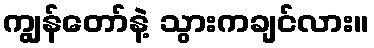
ကျွန်တော်နဲ့ သွားကချင်လား။